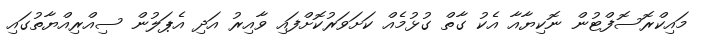
މައިކްރޮސޮފްޓުން ނޮކިޔާއާ އެކު ގާތް ގުޅުމެއް ކަށަވަރުކޮށްފައި ވާއިރު އަދި އެޕަލުން ސިއްރިއްޔާތުގައި